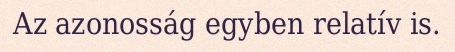
Az azonosság egyben relatív is.